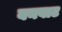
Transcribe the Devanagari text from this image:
बनवाट